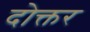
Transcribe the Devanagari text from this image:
दोक्तर